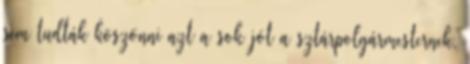
sem tudták köszönni azt a sok jót a sztárpolgármesternek,